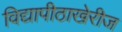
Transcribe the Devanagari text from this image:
विद्यापीठाखेरीज